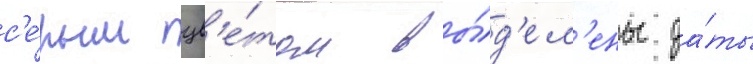
с'е́рым цв'е́том вы́д'ел'ены да́ты